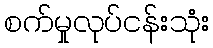
စက်မှုလုပ်ငန်းသုံး